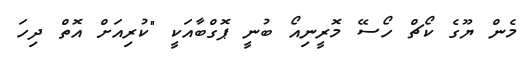
މެން ޔޫގެ ކޯޗް ހޯސޭ މޮރީނިއޯ ބުނީ ޕޮގްބާއަކީ "ކުރިއަށް އޮތް ދިހަ